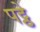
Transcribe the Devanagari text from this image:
पट्ठे